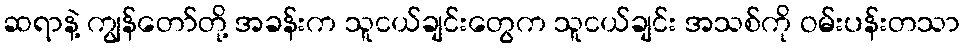
ဆရာနဲ့ ကျွန်တော်တို့ အခန်းက သူငယ်ချင်းတွေက သူငယ်ချင်း အသစ်ကို ဝမ်းပန်းတသာ